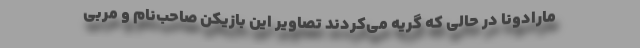
مارادونا در حالی که گریه می‌کردند تصاویر این بازیکن صاحب‌نام و مربی